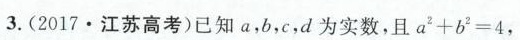
3.(2017\cdot江苏高考)已知a，b，c，d为实数，且$$4 a ^{ 2 } + b ^ { 2 } = 4$$，